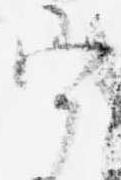
宰